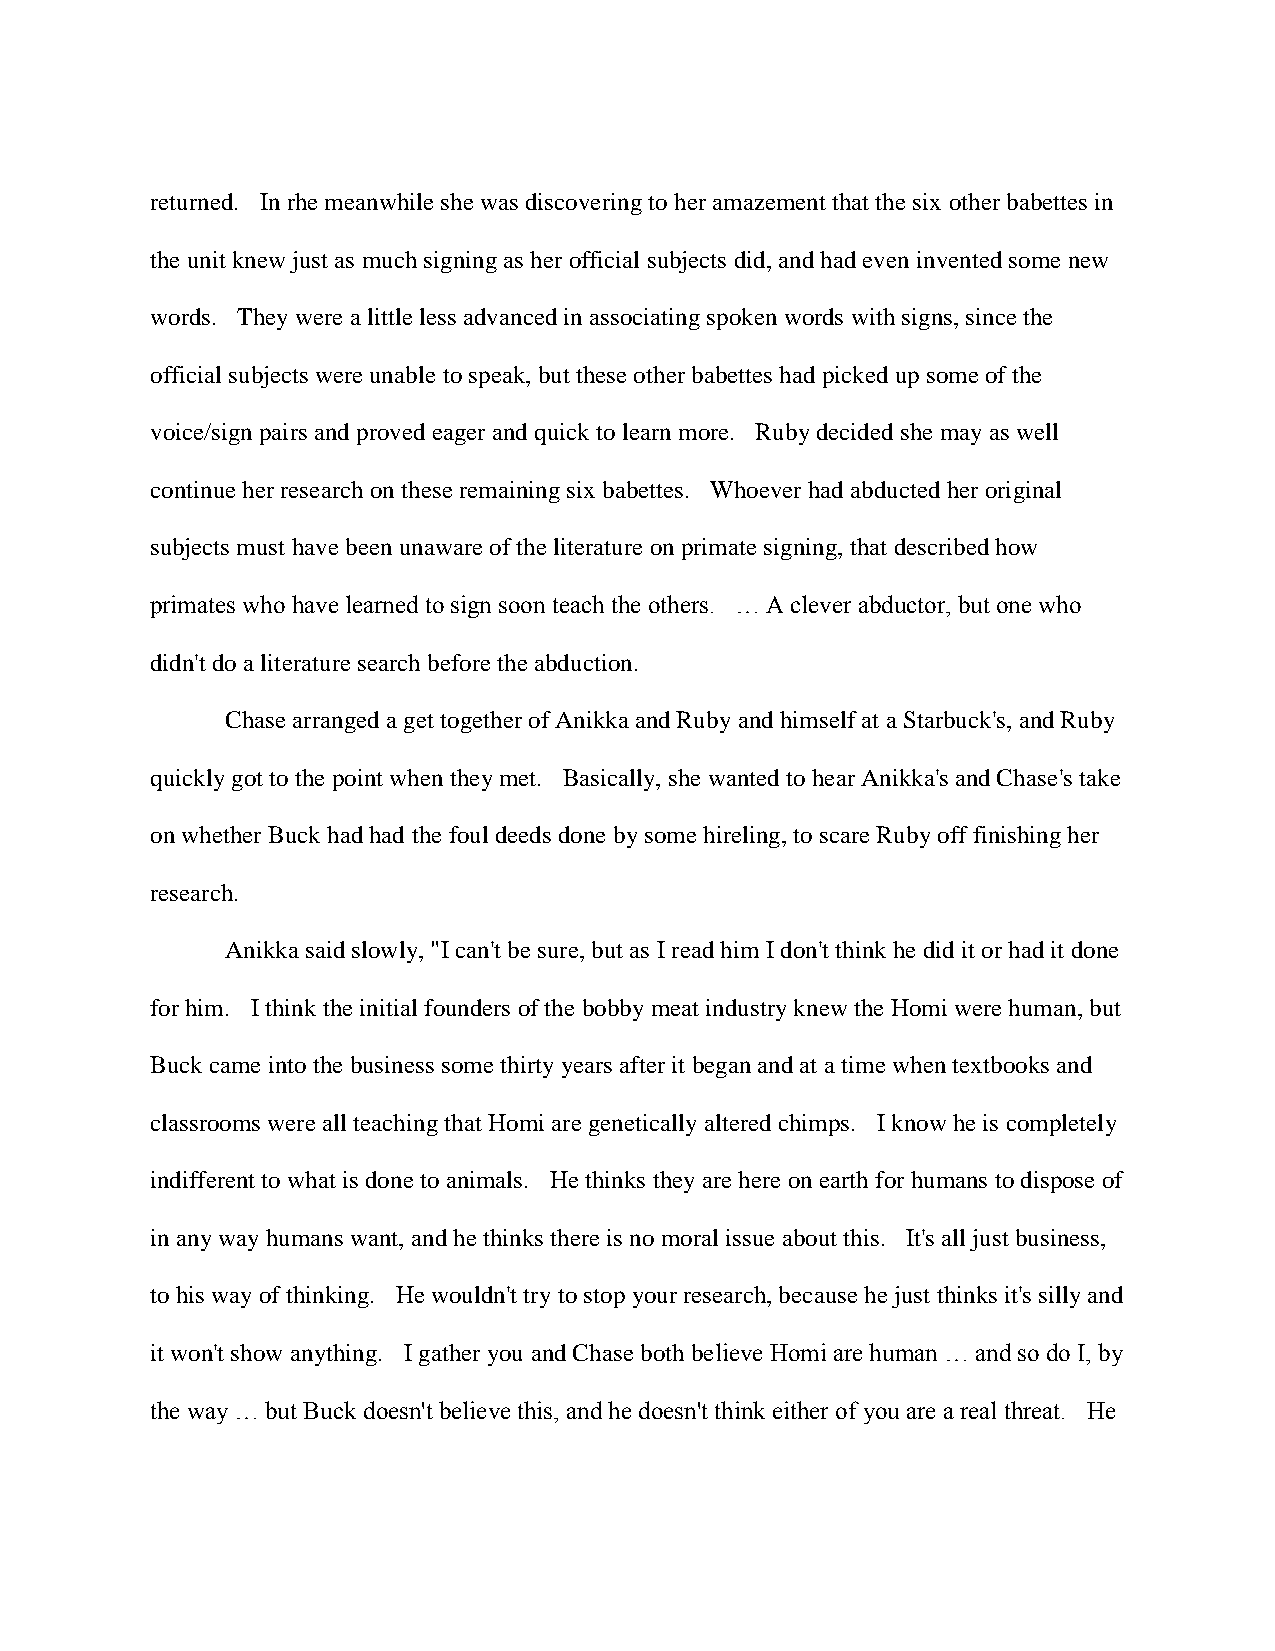
returned. In rhe meanwhile she was discovering to her amazement that the six other babettes in
 the unit knew just as much signing as her official subjects did, and had even invented some new
 words. They were a little less advanced in associating spoken words with signs, since the
 official subjects were unable to speak, but these other babettes had picked up some of the
 voice/sign pairs and proved eager and quick to learn more. Ruby decided she may as well
 continue her research on these remaining six babettes. Whoever had abducted her original
 subjects must have been unaware of the literature on primate signing, that described how
 primates who have learned to sign soon teach the others. … A clever abductor, but one who
 didn't do a literature search before the abduction.
 Chase arranged a get together of Anikka and Ruby and himself at a Starbuck's, and Ruby
 quickly got to the point when they met. Basically, she wanted to hear Anikka's and Chase's take
 on whether Buck had had the foul deeds done by some hireling, to scare Ruby off finishing her
 research.
 Anikka said slowly, "I can't be sure, but as I read him I don't think he did it or had it done
 for him. I think the initial founders of the bobby meat industry knew the Homi were human, but
 Buck came into the business some thirty years after it began and at a time when textbooks and
 classrooms were all teaching that Homi are genetically altered chimps. I know he is completely
 indifferent to what is done to animals. He thinks they are here on earth for humans to dispose of
 in any way humans want, and he thinks there is no moral issue about this. It's all just business,
 to his way of thinking. He wouldn't try to stop your research, because he just thinks it's silly and
 it won't show anything. I gather you and Chase both believe Homi are human … and so do I, by
 the way … but Buck doesn't believe this, and he doesn't think either of you are a real threat. He